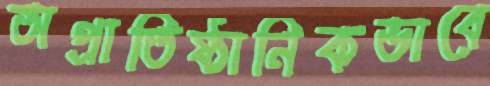
অপ্রাতিষ্ঠানিকভাবে